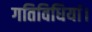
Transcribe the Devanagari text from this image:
गतिविधियां।